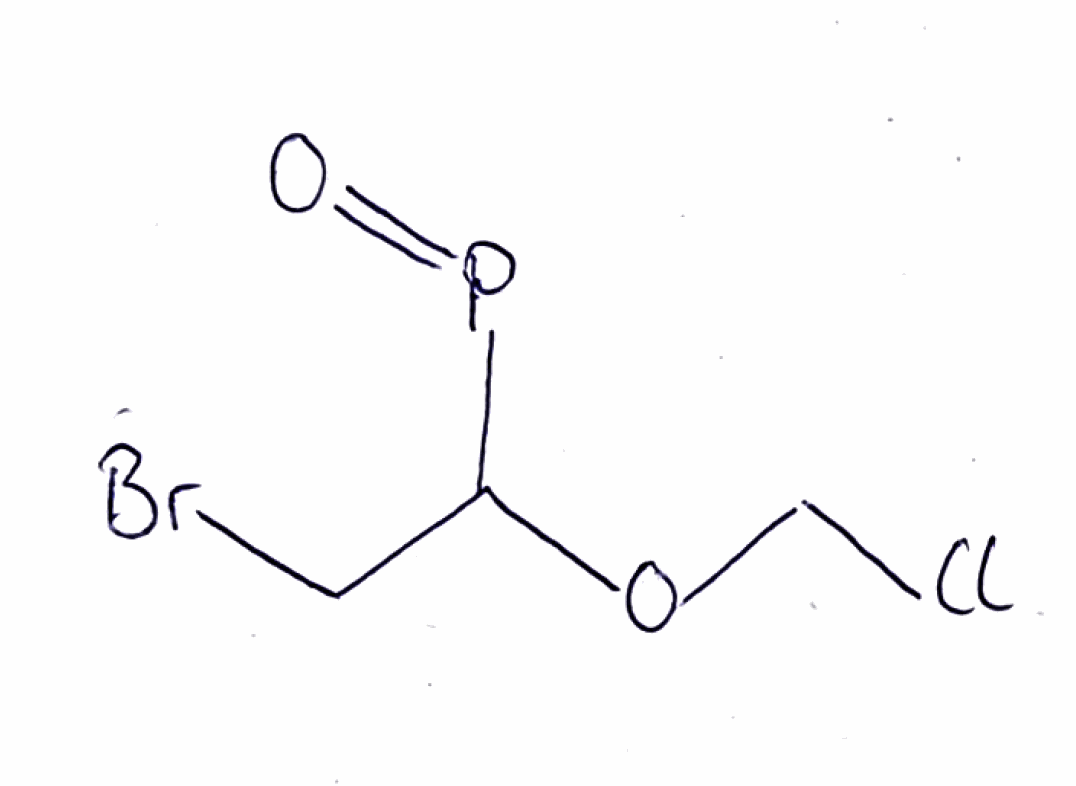
Simplified molecular-input line-entry system (SMILES) notation of the given molecule:
C(C(OCCl)P=O)Br